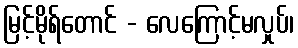
မြင့်မိုရ်တောင် - လေကြောင့်မလှုပ်၊